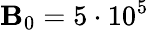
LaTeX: \mathbf{B}_{0}=5\cdot10^{5}